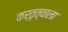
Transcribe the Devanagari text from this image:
कर्तृत्वाला